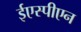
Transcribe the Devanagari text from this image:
ईएस्पीएन